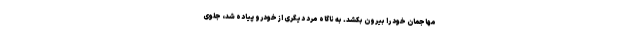
مهاجمان خود را بیرون بکشد. به ناگاه مرد دیگری از خودرو پیاده شد، جلوی